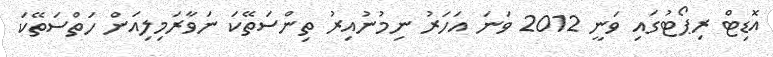
އޮޑިޓް ރިޕޯޓުގައި ވަނީ 2012 ވަނަ އަހަރު ނިމުނުއިރު ތިންސަތޭކަ ނަވާރަމިލިއަން ހަތްސަތޭކަ